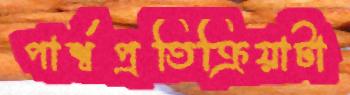
পার্শ্বপ্রতিক্রিয়াটা